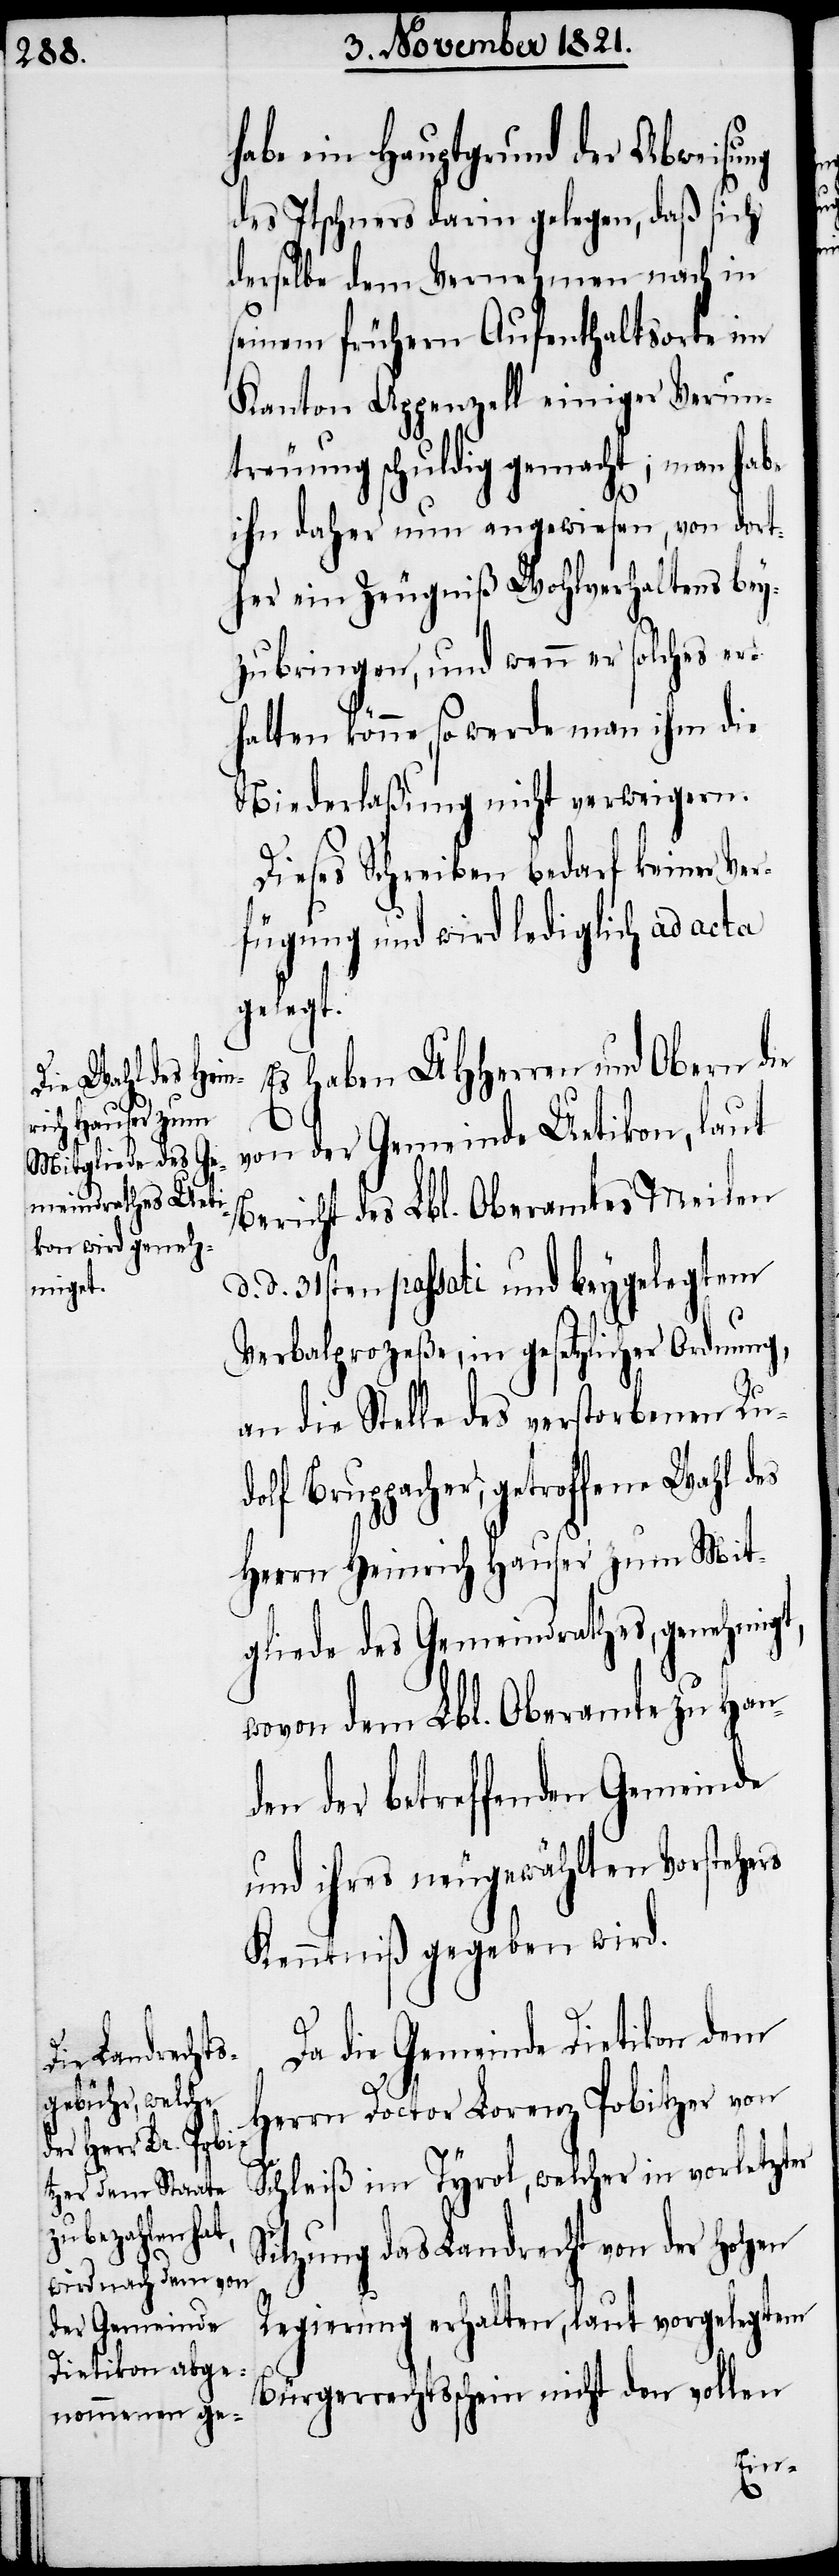
habe ein Hauptgrund der Abweisung
des Itschner darin gelegen, daß sich
derselbe dem Vernehmen nach in
seinem frühern Aufenthaltsorte im
Kanton Appenzell einiger Verun¬
treuung schuldig gemacht; man habe
ihn daher nun angewiesen, von dort¬
her ein Zeugniß Wohlverhaltens bey¬
zubringen, und wenn er solches er¬
halten könne, so werde man ihm die
Niederlaßung nicht verweigern.
Dieses Schreiben bedarf keiner Ver¬
fügung und wird lediglich ad acta
gelegt.
Es haben UHHerren und Obern die
von der Gemeinde Uetikon, laut
Bericht des Lbl. Oberamtes Meilen
d. 31sten passati und beygelegtem
Verbalprozeß, in gesetzlicher Ordnung,
an die Stelle des verstorbenen Ru¬
dolf Bruppacher, getroffene Wahl des
Herrn Heinrich Hauser zum Mit¬
gliede des Gemeindrathes, genehmigt,
wovon dem Lbl. Oberamte zu Han¬
den der betreffenden Gemeinde
und ihres neuerwählten Vorstehers
Kenntniß gegeben wird.
Da die Gemeinde Dietikon dem
Herrn Doctor Lorenz Pobitzer von
Schleiß im Tyrol, welcher in vorletzter
Sitzung das Landrecht von der hohen
Regierung erhalten, laut vorgelegtem
Bürgerrechtsschein nicht den vollen